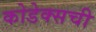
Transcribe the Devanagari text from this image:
कोडेक्सची